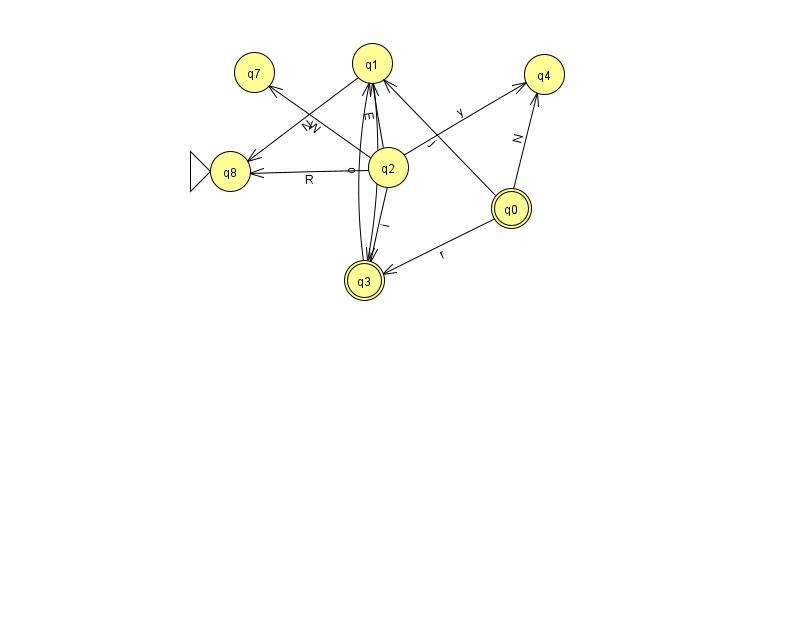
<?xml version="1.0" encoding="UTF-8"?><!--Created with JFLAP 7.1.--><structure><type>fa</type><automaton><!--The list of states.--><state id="0" name="q0"><x>511.0</x><y>195.0</y><final/></state><state id="1" name="q1"><x>372.0</x><y>50.0</y></state><state id="2" name="q2"><x>388.0</x><y>154.0</y></state><state id="3" name="q3"><x>364.0</x><y>267.0</y><final/></state><state id="4" name="q4"><x>544.0</x><y>61.0</y></state><state id="7" name="q7"><x>254.0</x><y>59.0</y></state><state id="8" name="q8"><x>230.0</x><y>158.0</y><initial/></state><!--The list of transitions.--><transition><from>3</from><to>1</to><read>o</read></transition><transition><from>0</from><to>1</to><read>j</read></transition><transition><from>0</from><to>4</to><read>N</read></transition><transition><from>1</from><to>8</to><read>N</read></transition><transition><from>0</from><to>3</to><read>r</read></transition><transition><from>2</from><to>1</to><read>E</read></transition><transition><from>2</from><to>3</to><read>i</read></transition><transition><from>1</from><to>3</to><read>C</read></transition><transition><from>2</from><to>4</to><read>y</read></transition><transition><from>2</from><to>7</to><read>W</read></transition><transition><from>2</from><to>8</to><read>R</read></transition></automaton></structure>